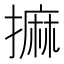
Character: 𢳀